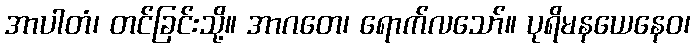
အာပါတံ၊ တင်ခြင်းသို့။ အာဂတေ၊ ရောက်လသော်။ ပုရိမနယေနေဝ၊